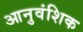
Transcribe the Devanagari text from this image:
आनुवंशिक